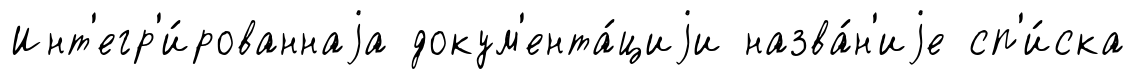
Инт'егр'и́рованнаjа докум'ента́циjи назва́н'иjе сп'и́ска